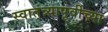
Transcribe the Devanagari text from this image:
स्वातंत्र्यापूर्वीच्या